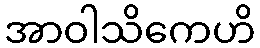
အာဝါသိကေဟိ